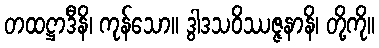
တထဋ္ဌာဒီနိ၊ ကုန်သော။ ဒွါဒသဝိဿဇ္ဇနာနိ၊ တို့ကို။